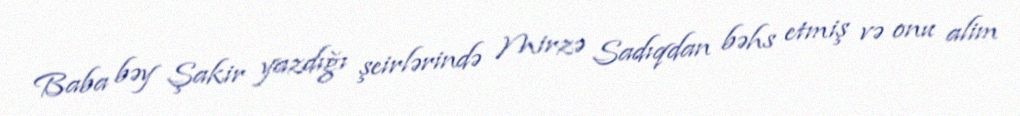
Baba bəy Şakir yazdığı şeirlərində Mirzə Sadıqdan bəhs etmiş və onu alim